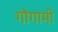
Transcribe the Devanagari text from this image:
गोगामी